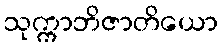
သုက္ကာဘိဇာတိယော